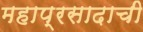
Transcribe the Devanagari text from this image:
महाप्रसादाची